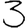
Digit: 3